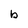
Character: b